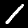
Digit: 1